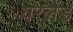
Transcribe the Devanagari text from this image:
यरलैंड